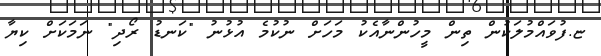
ޏ.ފުވައްމުލަކުން ތިން މީހުންނާއެކު މަހަށް ނުކުމެ އުޅުނު "ކަނޑު ރޯދި" ނަމަކަށް ކިޔާ